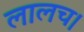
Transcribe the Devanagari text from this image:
लालच।